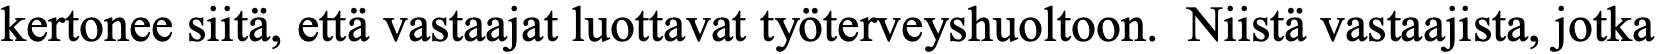
kertonee siitä, että vastaajat luottavat työterveyshuoltoon. Niistä vastaajista, jotka